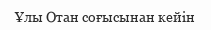
Ұлы Отан соғысынан кейін